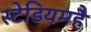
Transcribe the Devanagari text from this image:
स्टेडियमहै